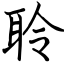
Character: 聆